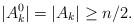
LaTeX: \begin{align*}|A_k^0| = |A_k| \geq n/2.\end{align*}